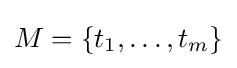
M=\{t_{1},\ldots ,t_{m}\}